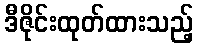
ဒီဇိုင်းထုတ်ထားသည့်